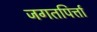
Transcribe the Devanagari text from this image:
जगतपिर्त्ता